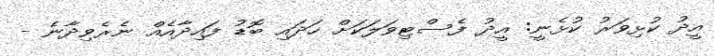
އީދު ކުޅިވަރު ކުޅެނީ: އީދު ފެސްޓިވަލަކަށް ހަދައި ބޮޑު ފައިދާއެއް ނެރެވިދާނެ -